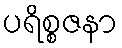
ပရိစ္စဇနာ